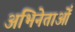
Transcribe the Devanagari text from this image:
अभिनेताओँ